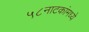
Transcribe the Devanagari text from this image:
५८नाटकांमध्ये